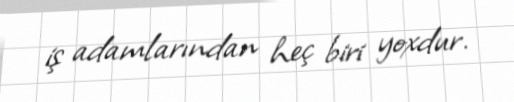
iş adamlarından heç biri yoxdur.